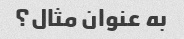
به عنوان مثال؟